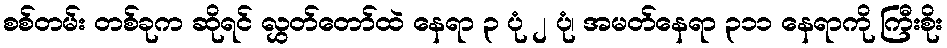
စစ်တမ်း တစ်ခုက ဆိုရင် လွှတ်တော်ထဲ နေရာ ၃ ပုံ ၂ ပုံ၊ အမတ်နေရာ ၃၁၁ နေရာကို ကြီးစိုး